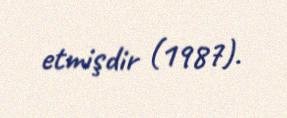
etmişdir (1987).